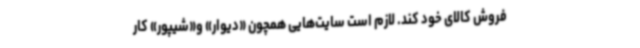
فروش کالای خود کند. لازم است سایت‌هایی همچون «دیوار» و«شیپور» کار